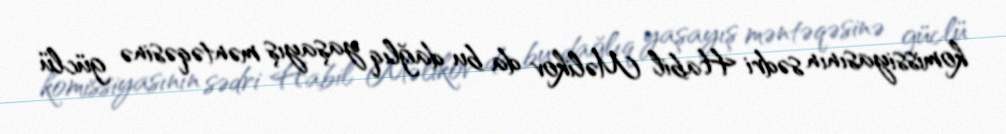
komissiyasının sədri Habil Məlikov da bu dağlıq yaşayış məntəqəsinə güclü